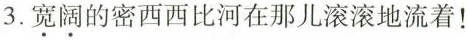
3.宽阔的密西西比河在那儿滚滚地流着！